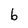
Character: b